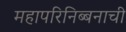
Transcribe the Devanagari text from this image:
महापरिनिब्बनाची